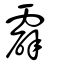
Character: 霹